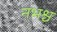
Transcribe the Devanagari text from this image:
नभश्च